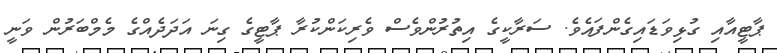
ޕާޓީއާއި ގުޅިވަޑައިގެންފައެވެ. ސަރާކީގެ އިތުރުންވެސް ވެރިކަންކުރާ ޕާޓީގެ ގިނަ އަދަދެއްގެ މެމްބަރުން ވަނީ